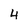
Character: 4